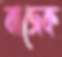
বাজেক